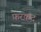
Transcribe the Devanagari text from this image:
फ़रक़द